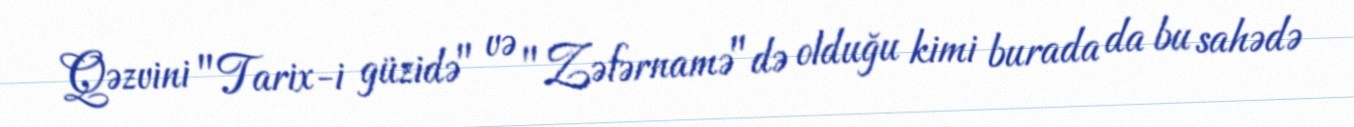
Qəzvini "Tarix-i güzidə" və "Zəfərnamə"də olduğu kimi burada da bu sahədə